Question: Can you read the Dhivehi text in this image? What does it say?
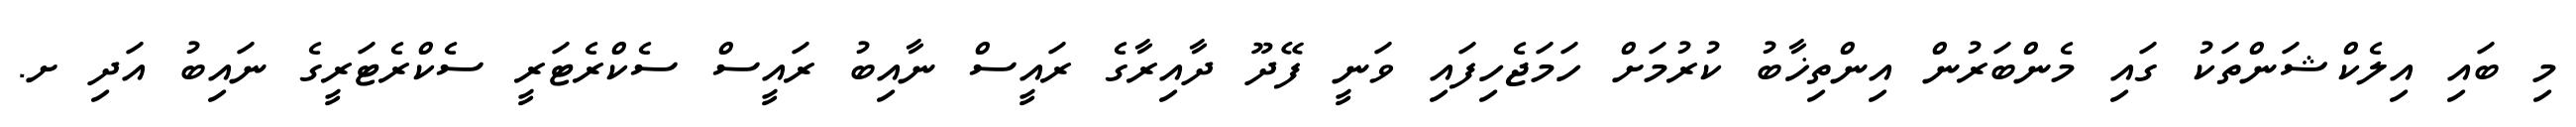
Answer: މި ބައި އިލެކްޝަންތަކު ގައި މެންބަރުން އިންތިޚާބު ކުރުމަށް ހަމަޖެހިފައި ވަނީ ފޭދޫ ދާއިރާގެ ރައީސް ނާއިބު ރައީސް ސެކްރެޓަރީ ސެކްރެޓަރީގެ ނައިބު އަދި ށ.